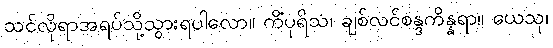
သင်လိုရာအရပ်သို့သွားရပါလော။ ကိံပုရိသ၊ ချစ်လင်စန္ဒကိန္နရာ။ ယေသု၊